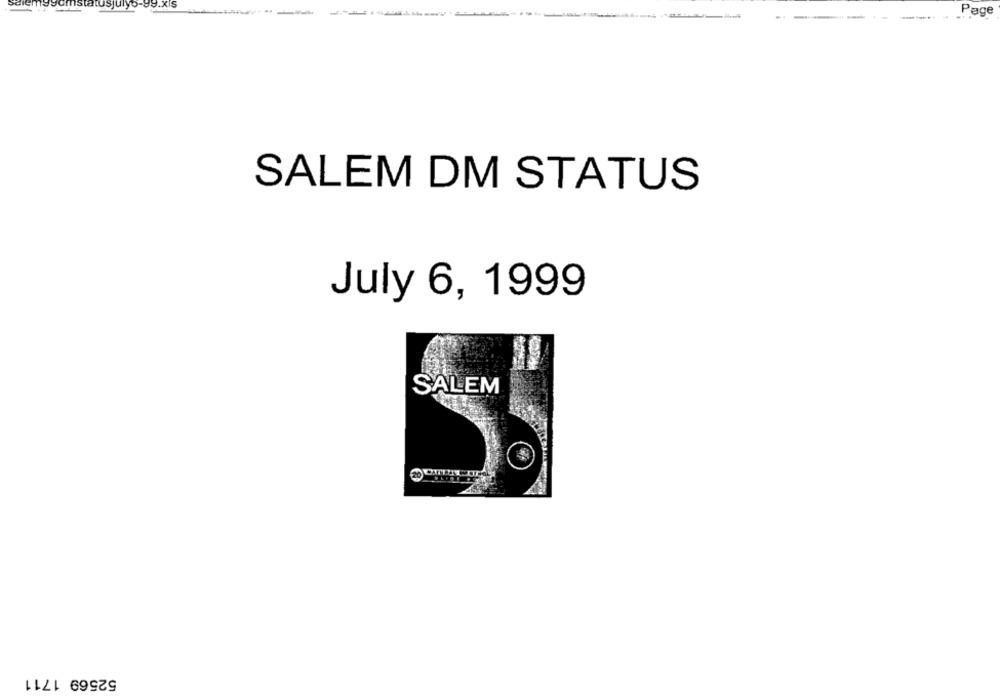
99.xIS
Page
SALEM DM STATUS
July 6, 1999
SALEM
52569 1711